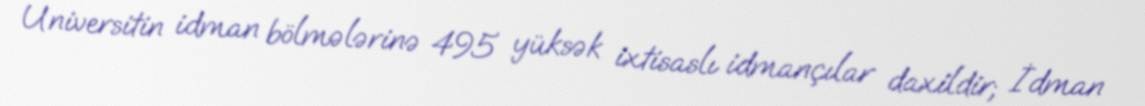
Universitin idman bölmələrinə 495 yüksək ixtisaslı idmançılar daxildir; İdman